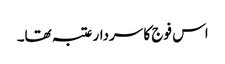
اس فوج کا سردار عتبہ تھا۔